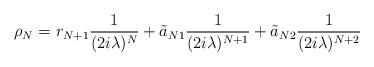
LaTeX: \begin{align*}\rho_N= r_{N+1}\frac{1}{(2i\lambda)^N}+\tilde a_{N1}\frac{1}{(2i\lambda)^{N+1}}+ \tilde a_{N2} \frac{1}{(2i\lambda)^{N+2}} \end{align*}